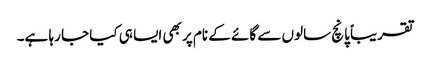
تقریباً پانچ سالوں سے گائے کے نام پر بھی ایسا ہی کیا جا رہا ہے۔